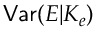
\mathsf { V a r } ( E | K _ { e } )